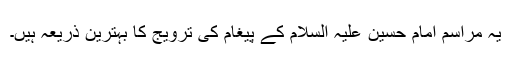
یہ مراسم امام حسین علیہ السلام کے پیغام کی ترویج کا بہترین ذریعہ ہیں۔